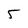
Character: 5